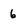
Character: 6